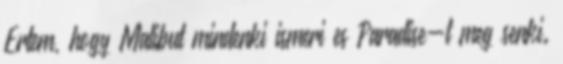
Ertem, hogy Malibut mindenki ismeri es Paradise-t meg senki.